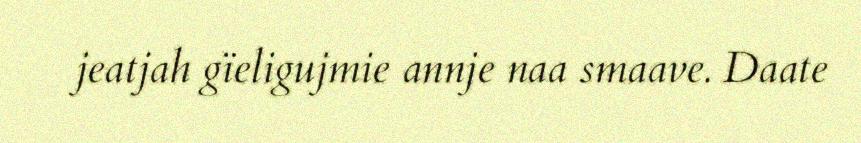
jeatjah gïeligujmie annje naa smaave. Daate